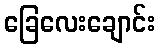
ခြေလေးချောင်း